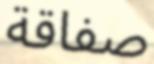
صفاقة